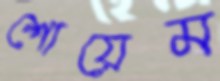
শোয়েম